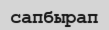
сапбырап